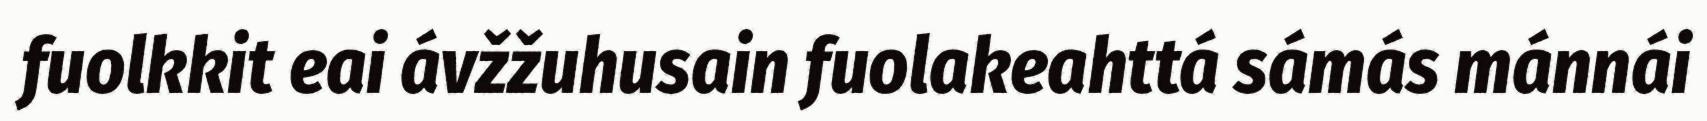
fuolkkit eai ávžžuhusain fuolakeahttá sámás mánnái